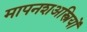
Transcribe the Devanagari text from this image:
मापनशअस्त्रियों